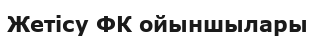
Жетісу ФК ойыншылары